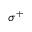
\sigma ^ { + }